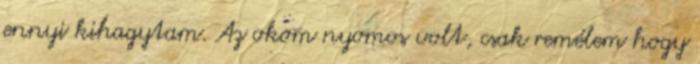
ennyi kihagytam. Az okom nyomos volt, csak remélem hogy